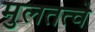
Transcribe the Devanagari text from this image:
मुलतत्वे